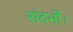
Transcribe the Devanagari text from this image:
संदर्भी।